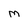
Character: M